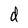
Character: d